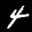
Label: 4